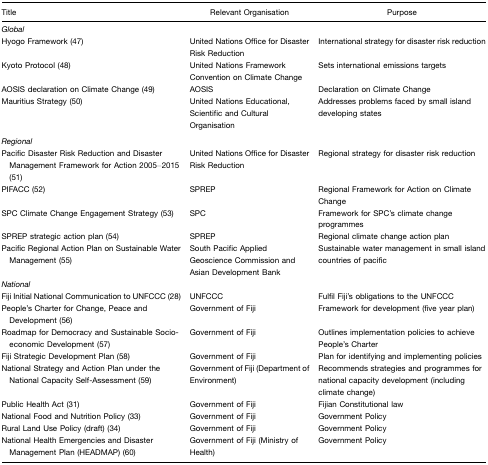
<table><thead><tr><td><b>Title</b></td><td><b>Relevant Organisation</b></td><td><b>Purpose</b></td></tr></thead><tbody><tr><td colspan="3"><i>Global</i></td></tr><tr><td>Hyogo Framework (47)</td><td>United Nations Office for Disaster Risk Reduction</td><td>International strategy for disaster risk reduction</td></tr><tr><td>Kyoto Protocol (48)</td><td>United Nations Framework Convention on Climate Change</td><td>Sets international emissions targets</td></tr><tr><td>AOSIS declaration on Climate Change (49)</td><td>AOSIS</td><td>Declaration on Climate Change</td></tr><tr><td>Mauritius Strategy (50)</td><td>United Nations Educational, Scientific and Cultural Organisation</td><td>Addresses problems faced by small island developing states</td></tr><tr><td colspan="3"><i>Regional</i></td></tr><tr><td>Pacific Disaster Risk Reduction and Disaster Management Framework for Action 2005–2015 (51)</td><td>United Nations Office for Disaster Risk Reduction</td><td>Regional strategy for disaster risk reduction</td></tr><tr><td>PIFACC (52)</td><td>SPREP</td><td>Regional Framework for Action on Climate Change</td></tr><tr><td>SPC Climate Change Engagement Strategy (53)</td><td>SPC</td><td>Framework for SPC&#x27;s climate change programmes</td></tr><tr><td>SPREP strategic action plan (54)</td><td>SPREP</td><td>Regional climate change action plan</td></tr><tr><td>Pacific Regional Action Plan on Sustainable Water Management (55)</td><td>South Pacific Applied Geoscience Commission and Asian Development Bank</td><td>Sustainable water management in small island countries of pacific</td></tr><tr><td colspan="3"><i>National</i></td></tr><tr><td>Fiji Initial National Communication to UNFCCC (28)</td><td>UNFCCC</td><td>Fulfil Fiji&#x27;s obligations to the UNFCCC</td></tr><tr><td>People&#x27;s Charter for Change, Peace and Development (56)</td><td>Government of Fiji</td><td>Framework for development (five year plan)</td></tr><tr><td>Roadmap for Democracy and Sustainable Socio-economic Development (57)</td><td>Government of Fiji</td><td>Outlines implementation policies to achieve People&#x27;s Charter</td></tr><tr><td>Fiji Strategic Development Plan (58)</td><td>Government of Fiji</td><td>Plan for identifying and implementing policies</td></tr><tr><td>National Strategy and Action Plan under the National Capacity Self-Assessment (59)</td><td>Government of Fiji (Department of Environment)</td><td>Recommends strategies and programmes for national capacity development (including climate change)</td></tr><tr><td>Public Health Act (31)</td><td>Government of Fiji</td><td>Fijian Constitutional law</td></tr><tr><td>National Food and Nutrition Policy (33)</td><td>Government of Fiji</td><td>Government Policy</td></tr><tr><td>Rural Land Use Policy (draft) (34)</td><td>Government of Fiji</td><td>Government Policy</td></tr><tr><td>National Health Emergencies and Disaster Management Plan (HEADMAP) (60)</td><td>Government of Fiji (Ministry of Health)</td><td>Government Policy</td></tr></tbody></table>